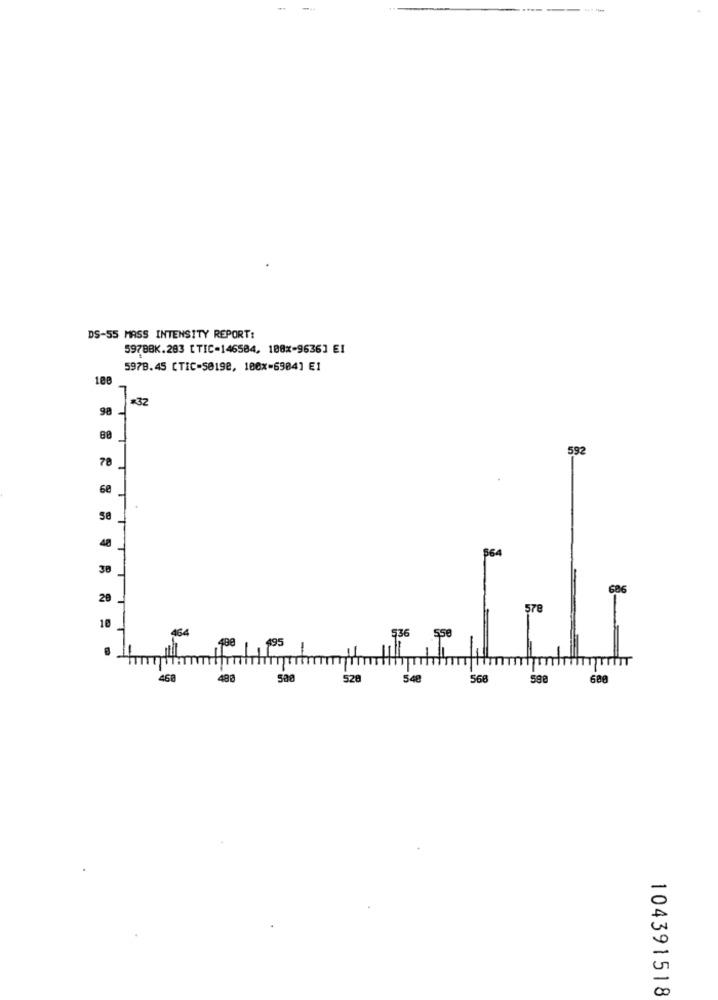
DS-55 MASS INTENSITY REPORT:
597BBK.283 [TIC-146584, 108x-9636] EI
5978.45 CTIC=50198, 100x=6984] E1
100
*32
98
80
FT 1
592
78
68
58
48
564
30
686
20
578
10
464
536
488
495
550
500
528
548
568
598
600
104391518